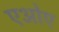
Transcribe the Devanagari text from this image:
एओए